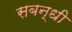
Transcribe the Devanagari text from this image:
सबन्धी